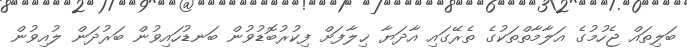
ބަލިތައް ޖެހުމުގެ އަލާމާތްތަކުގެ ތެރޭގައި އާދަޔާ ޚިލާފަށް ފިކުރުބޮޑުވުން ބަނޑުހައިވުން ބަރުދަން ލުއިވުން